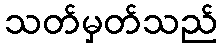
သတ်မှတ်သည်